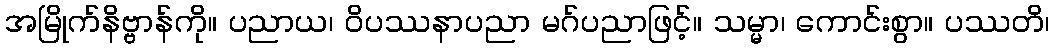
အမြိုက်နိဗ္ဗာန်ကို။ ပညာယ၊ ဝိပဿနာပညာ မဂ်ပညာဖြင့်။ သမ္မာ၊ ကောင်းစွာ။ ပဿတိ၊